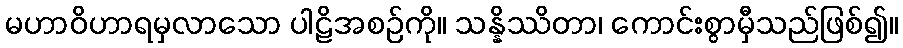
မဟာဝိဟာရမှလာသော ပါဠိအစဉ်ကို။ သန္နိဿိတာ၊ ကောင်းစွာမှီသည်ဖြစ်၍။